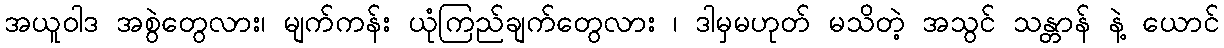
အယူဝါဒ အစွဲတွေလား၊ မျက်ကန်း ယုံကြည်ချက်တွေလား ၊ ဒါမှမဟုတ် မသိတဲ့ အသွင် သန္တာန် နဲ့ ယောင်